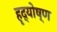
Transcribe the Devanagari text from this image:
हृद्योष्ण